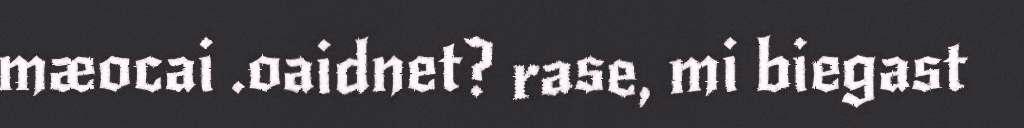
mæocai .oaidnet? rase, mi biegast